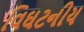
વિઘટનીય